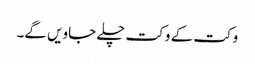
وکت کے وکت چلے جاویں گے۔